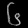
Digit: ၆